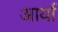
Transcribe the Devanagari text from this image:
अार्या